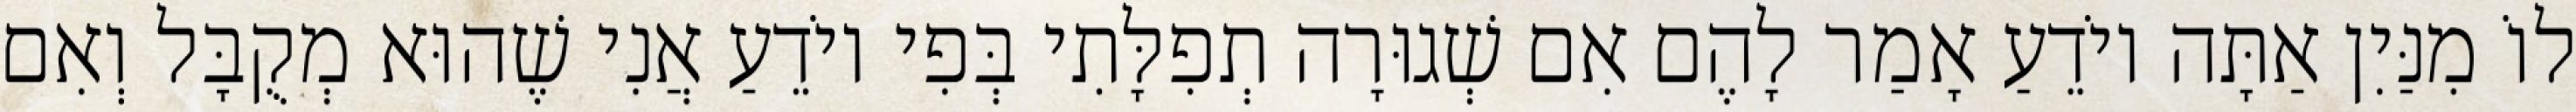
לוֹ מִנַּיִן אַתָּה יוֹדֵעַ אָמַר לָהֶם אִם שְׁגוּרָה תְפִלָּתִי בְּפִי יוֹדֵעַ אֲנִי שֶׁהוּא מְקֻבָּל וְאִם